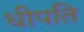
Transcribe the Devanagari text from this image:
धीपति